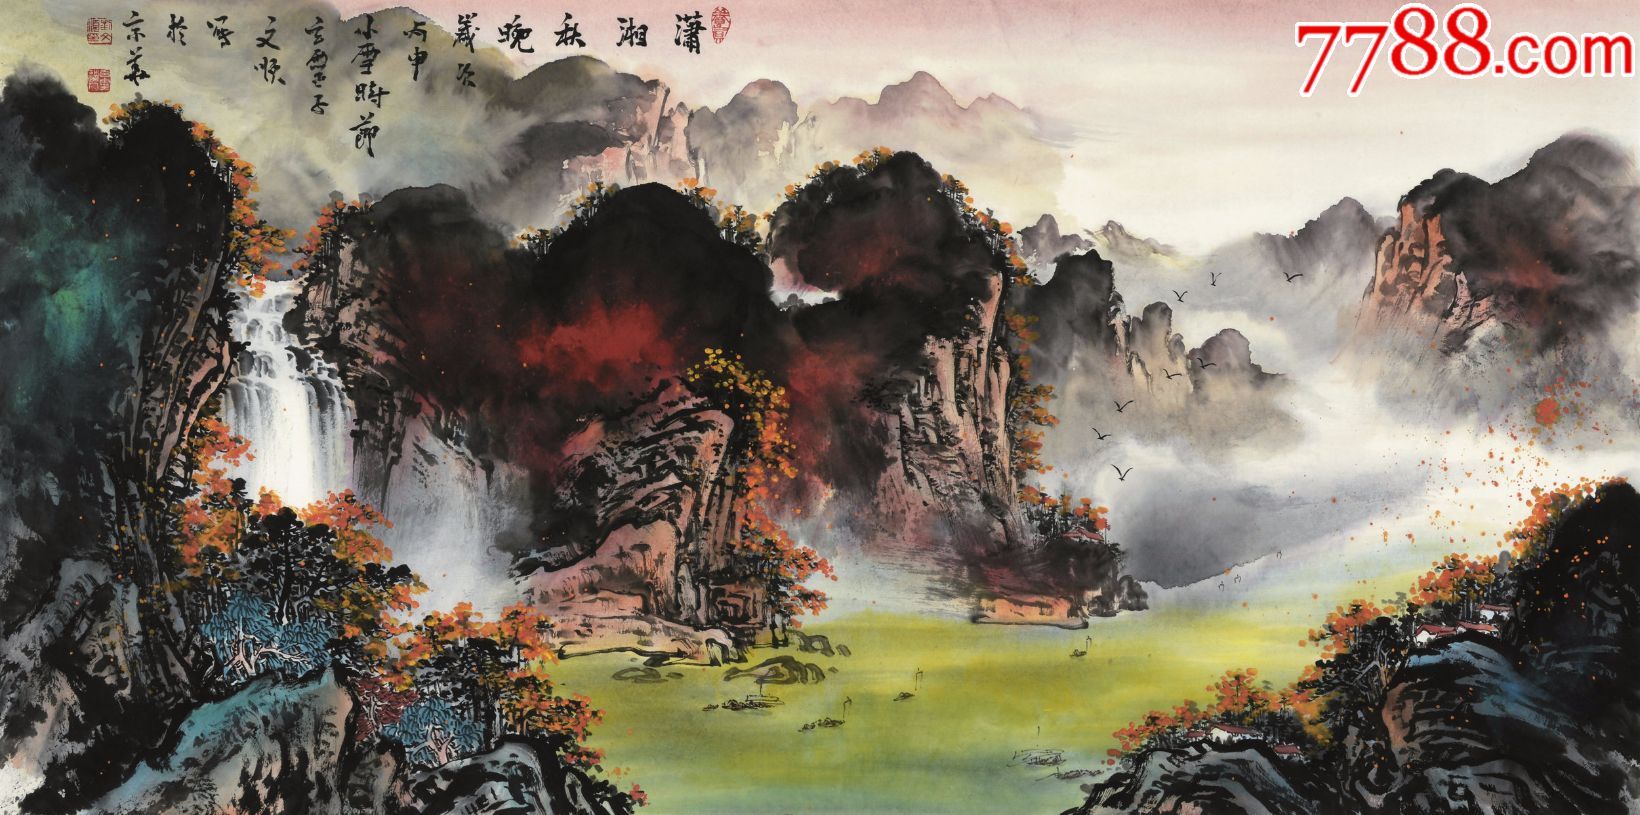
洞庭叶未下，潇湘秋欲生。